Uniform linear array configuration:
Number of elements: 4
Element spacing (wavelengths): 0.25
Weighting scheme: kaiser
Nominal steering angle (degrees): -15
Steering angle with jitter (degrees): -16.299
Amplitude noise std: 0.05
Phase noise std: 0.05

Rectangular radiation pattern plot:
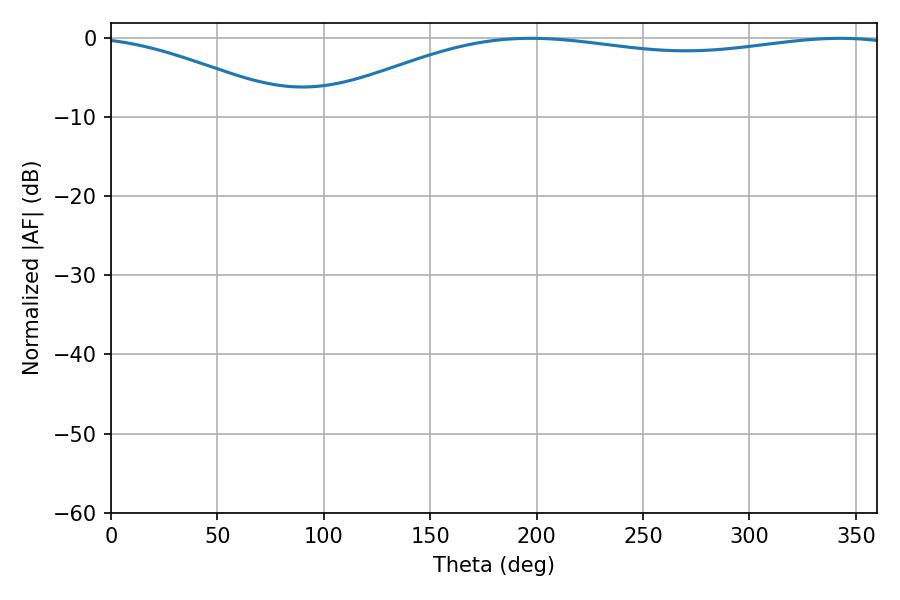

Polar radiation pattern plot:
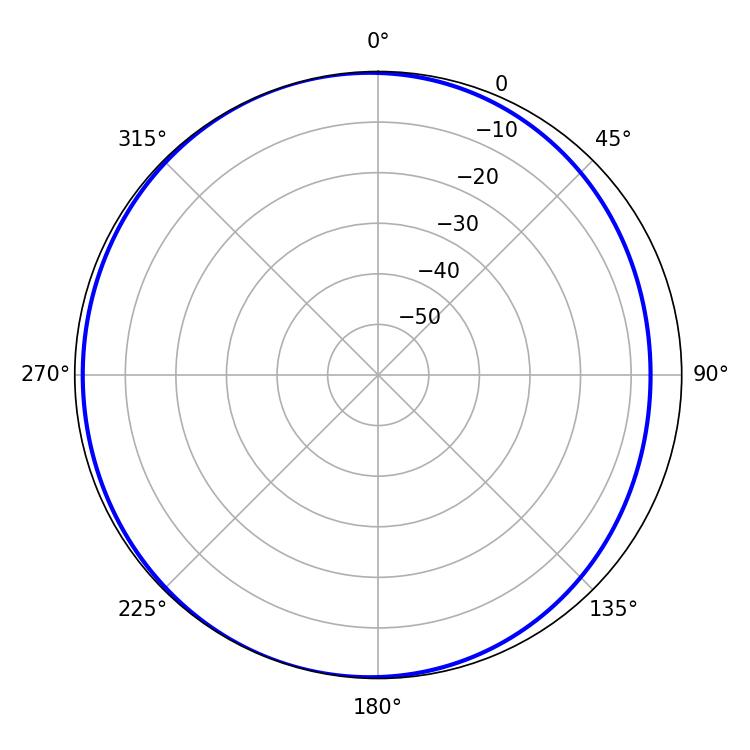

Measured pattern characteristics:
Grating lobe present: FALSE
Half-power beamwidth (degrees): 220.5
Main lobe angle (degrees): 197.28